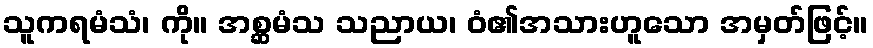
သူကရမံသံ၊ ကို။ အစ္ဆမံသ သညာယ၊ ဝံ၏အသားဟူသော အမှတ်ဖြင့်။